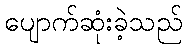
ပျောက်ဆုံးခဲ့သည်